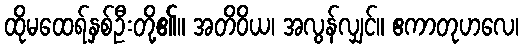
ထိုမထေရ်နှစ်ဦးတို့၏။ အတိဝိယ၊ အလွန်လျှင်။ ဧကာတုဟလေ၊